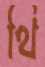
থি